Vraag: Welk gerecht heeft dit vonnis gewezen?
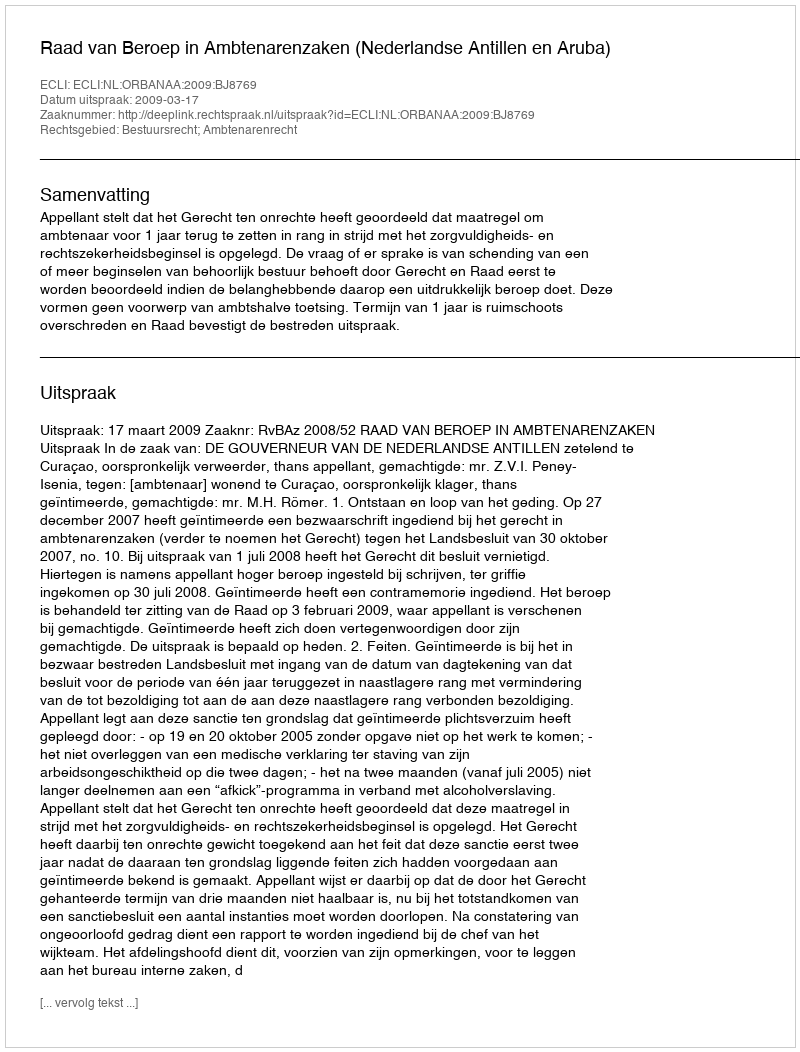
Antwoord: Raad van Beroep in Ambtenarenzaken (Nederlandse Antillen en Aruba)